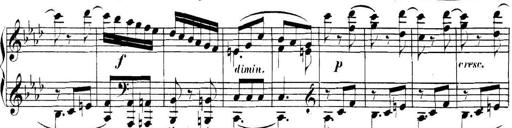
Title: Collected Piano Sonatas
Composer: Muzio Clementi